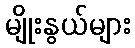
မျိုးနွယ်များ